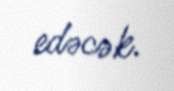
edəcək.